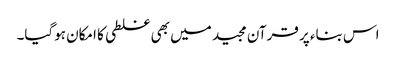
اس بناء پر قرآن مجید میں بھی غلطی کا امکان ہوگیا۔